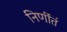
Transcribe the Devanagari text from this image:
निर्णीतं